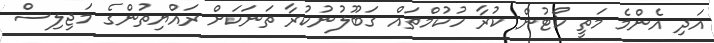
އަދި އެންމެ މަތީ ކޯޓުން ކުރާ ހުކުމްތައް ގަބޫލުނުކުރާ ތަނަކަށް ރައްޔިތުންގެ މަޖިލިސް